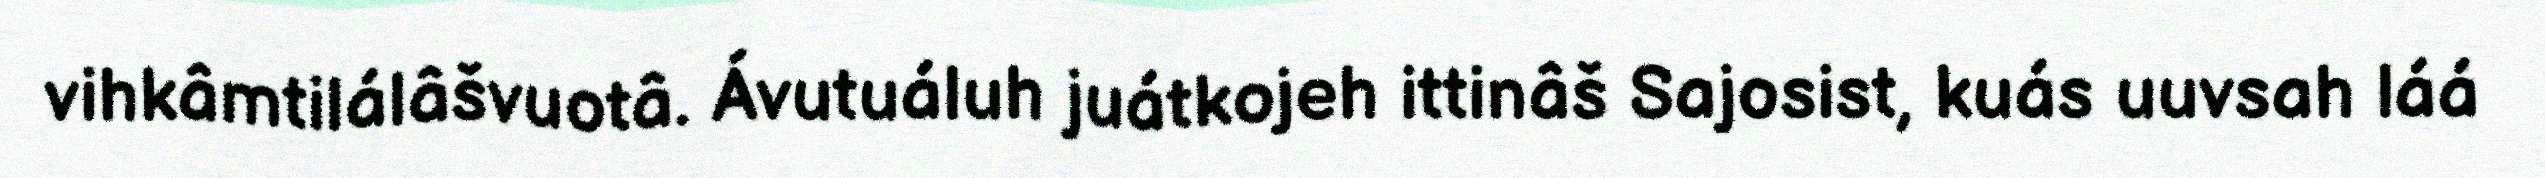
vihkâmtilálâšvuotâ. Ávutuáluh juátkojeh ittinâš Sajosist, kuás uuvsah láá